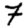
Digit: 7